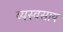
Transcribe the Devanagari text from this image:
व्यस्वसाय